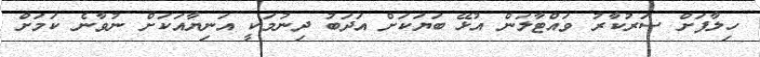
ހިލާފަށް ސަރުކާރު ވައްޓާލަން އުޅޭ ބަޔަކަށް އަދަބު ދިނުމަކީ އަނިޔާއަކަށް ނުވާނެ ކަމަށް